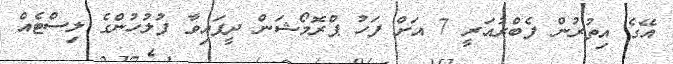
އޭގެ އިތުރުން ފެބްރުއަރީ 7 އަށް ފަހު ޕްރޮމޯޝަން ދީފައިވާ ފުލުހުންގެ ލިސްޓެއް